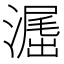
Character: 𣽶